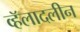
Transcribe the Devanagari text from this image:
व्हॅलादलीन